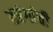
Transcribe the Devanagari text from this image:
तरंगांची